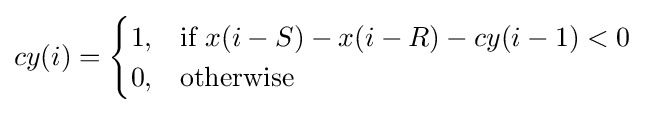
cy(i)={\begin{cases}1,&{\text{if }}x(i-S)-x(i-R)-cy(i-1)<0\\0,&{\text{otherwise}}\end{cases}}